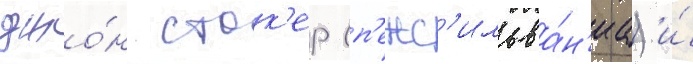
джо́н сток'ер (п'енс'ильва́н'иа) и́